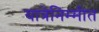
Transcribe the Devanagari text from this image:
यात्रेनिम्मीत